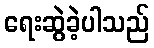
ရေးဆွဲခဲ့ပါသည်